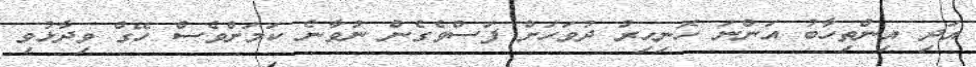
އަދި އިންތިހާބު އަންނަ ހޮނިހިރު ދުވަހަށް ފަސްވެގެން ނުވާނެ ކަމަށްވެސް ހޭގް ވިދާޅުވި